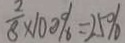
\frac { 2 } { 8 } \times 1 0 0 \% = 2 5 \%